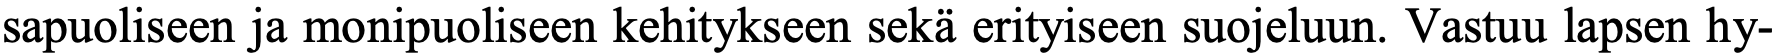
sapuoliseen ja monipuoliseen kehitykseen sekä erityiseen suojeluun. Vastuu lapsen hy-